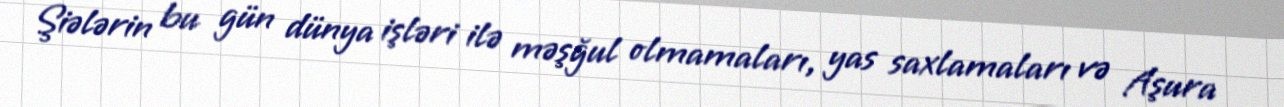
Şiələrin bu gün dünya işləri ilə məşğul olmamaları, yas saxlamaları və Aşura